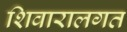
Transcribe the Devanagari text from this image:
शिवारालगत